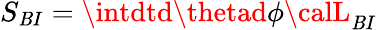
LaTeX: S_{\mathit{B}I}=\intdtd\thetad\phi{\calL}_{\mathit{B}I}